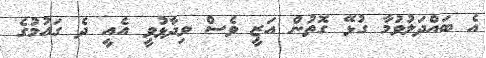
އެ ބައްދަލުވުމާ ގުޅޭ ގޮތުން އަޒީ ވެސް ވިދާޅުވީ އެއީ ދެ ގައުމުގެ